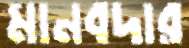
মানবদার